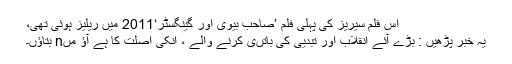
اس فلم سیریز کی پہلی فلم ’صاحب بیوی اور گینگسٹر‘2011 میں ریلیز ہوئی تھی،
یہ خبر پڑھیں : بڑے آئے انقلاب اور تبدیی کی باتںی کرنے والے ، انکی اصلت کا ہے آؤ مںn بتاؤں۔